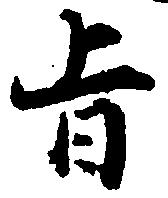
旨